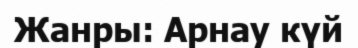
Жанры: Арнау күй